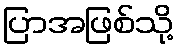
ပြာအဖြစ်သို့